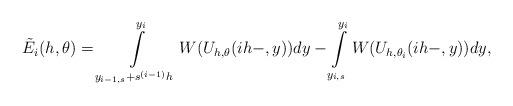
LaTeX: \begin{align*}\tilde{E}_{i}(h,\theta)=\int\limits_{y_{i-1,s}+s^{(i-1)}h}^{y_{i}}W(U_{h,\theta}(ih-,y))dy-\int\limits_{y_{i,s}}^{y_{i}}W(U_{h,\theta_i}(ih-,y))dy,\end{align*}